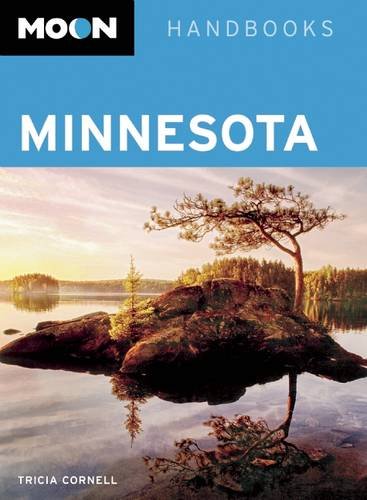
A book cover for Moon Minnesota (Moon Handbooks); Tricia Cornell; Travel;